Civil Veterinary Department. Central Provinces & Berar 1932-41 - 1932-1941
Year: 1932
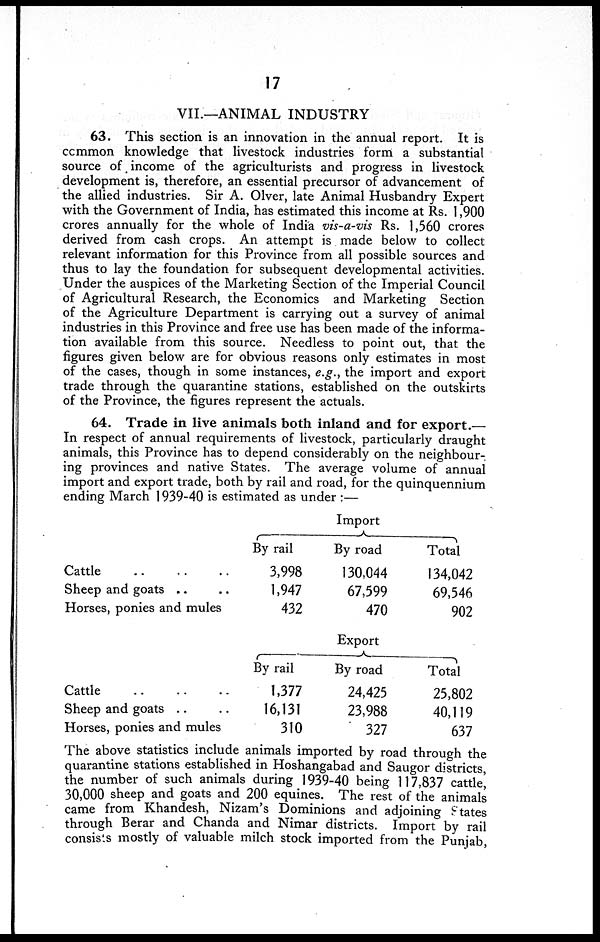
17
VII.—ANIMAL INDUSTRY
63. This section is an innovation in the annual report. It is
common knowledge that livestock industries form a substantial
source of income of the agriculturists and progress in livestock
development is, therefore, an essential precursor of advancement of
the allied industries. Sir A. Olver, late Animal Husbandry Expert
with the Government of India, has estimated this income at Rs. 1,900
crores annually for the whole of India vis-a-vis Rs. 1,560 crores
derived from cash crops. An attempt is made below to collect
relevant information for this Province from all possible sources and
thus to lay the foundation for subsequent developmental activities.
Under the auspices of the Marketing Section of the Imperial Council
of Agricultural Research, the Economics and Marketing Section
of the Agriculture Department is carrying out a survey of animal
industries in this Province and free use has been made of the informa-
tion available from this source. Needless to point out, that the
figures given below are for obvious reasons only estimates in most
of the cases, though in some instances, e.g., the import and export
trade through the quarantine stations, established on the outskirts
of the Province, the figures represent the actuals.
64. Trade in live animals both inland and for export.—
In respect of annual requirements of livestock, particularly draught
animals, this Province has to depend considerably on the neighbour-
ing provinces and native States. The average volume of annual
import and export trade, both by rail and road, for the quinquennium
ending March 1939-40 is estimated as under:—
Cattle .. .. ..
Sheep and goats .. ..
Horses, ponies and mules
Cattle .. .. ..
Sheep and goats .. ..
Horses, ponies and mules
Import
By rail
3,998
1,947
432
By road
130,044
67,599
470
Total
134,042
69,546
902
Export
By rail
1,377
16,131
310
By road
24,425
23,988
327
Total
25,802
40,119
637
The above statistics include animals imported by road through the
quarantine stations established in Hoshangabad and Saugor districts,
the number of such animals during 1939-40 being 117,837 cattle,
30,000 sheep and goats and 200 equines. The rest of the animals
came from Khandesh, Nizam's Dominions and adjoining States
through Berar and Chanda and Nimar districts. Import by rail
consists mostly of valuable milch stock imported from the Punjab,